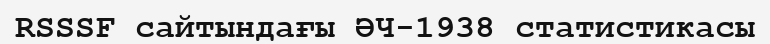
RSSSF сайтындағы ӘЧ-1938 статистикасы